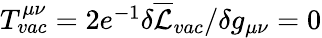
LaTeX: \begin{array}{r}{T_{vac}^{\mu\nu}=2e^{-1}\delta\overline{{\mathcal{L}}}_{vac}/\delta g_{\mu\nu}=0}\end{array}